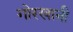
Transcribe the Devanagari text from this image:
गोरखानी